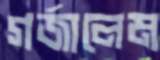
গর্‌জালেম